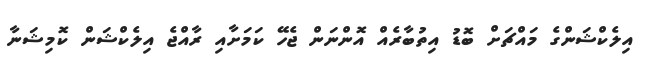
އިލެކްޝަންގެ މައްޗަށް ބޮޑު އިތުބާރެއް އޮންނަން ޖެހޭ ކަމަށާއި ރާއްޖެ އިލެކްޝަން ކޮމިޝަނާ